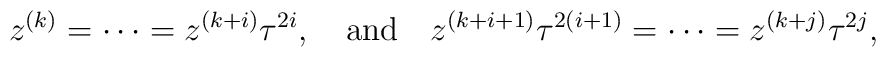
z^{(k)}=\cdots =z^{(k+i)}\tau^{2i}, {~~~\rm and ~~~}z^{(k+i+1)}\tau^{2(i+1)}=\cdots =z^{(k+j)}\tau^{2j},